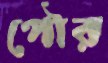
পৌর